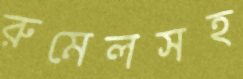
রুমেলসহ